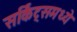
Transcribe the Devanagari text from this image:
सर्किट्समध्ये